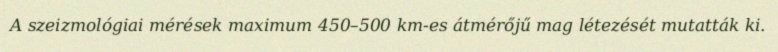
A szeizmológiai mérések maximum 450–500 km-es átmérőjű mag létezését mutatták ki.